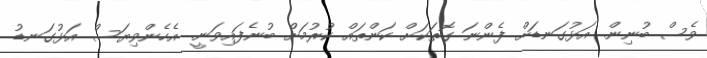
ވެސް ބުނިން. އަޅުގަނޑަށް ފެންނަ ގޮތަކަށް ކަންތައް ކުރުމަށް ބުނެފައިވަނީ. އެހެންވިޔަސް އަޅުގަނޑު